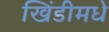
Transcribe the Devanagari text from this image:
खिंडीमधे